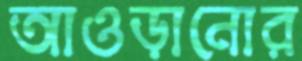
আওড়ানোর